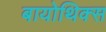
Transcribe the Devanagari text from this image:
बायोथिक्स